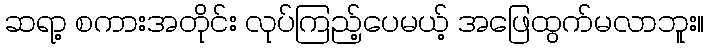
ဆရာ့ စကားအတိုင်း လုပ်ကြည့်ပေမယ့် အဖြေထွက်မလာဘူး။